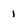
Character: 1